Tezpur Lunatic Asylum reports 1877-1894 - 1877-1894
Year: 1877
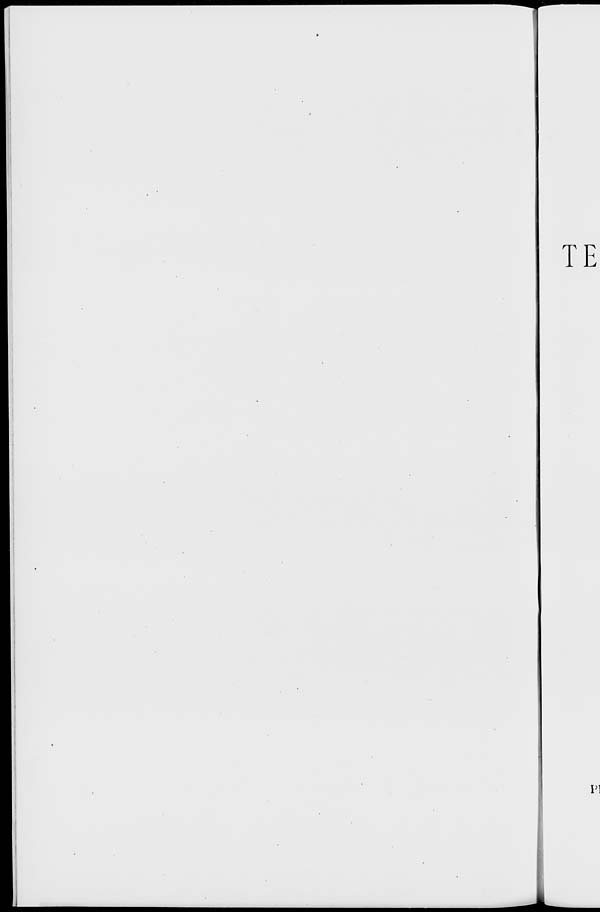
TE
PI